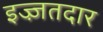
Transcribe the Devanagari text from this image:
इज्ज़तदार